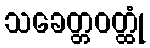
သခေတ္တဝတ္ထုံ